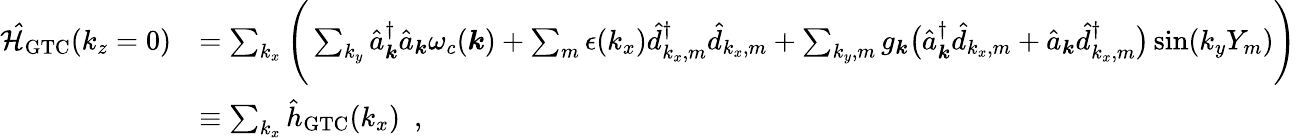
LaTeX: \begin{array}{rl}{\mathcal{\hat{H}}_{\mathrm{GTC}}(k_{z}=0)}&{=\sum_{k_{x}}\Bigg(\sum_{k_{y}}\hat{a}_{\boldsymbol k}^{\dagger}\hat{a}_{\boldsymbol k}\omega_{c}({\boldsymbol k})+\sum_{m}\epsilon(k_{x})\hat{d}_{k_{x},m}^{\dagger}\hat{d}_{k_{x},m}+\sum_{{k_{y}},m}g_{\boldsymbol k}\big(\hat{a}_{{\boldsymbol k}}^{\dagger}\hat{d}_{k_{x},m}+\hat{a}_{{\boldsymbol k}}\hat{d}_{k_{x},m}^{\dagger}\big)\sin({k_{y}}Y_{m})\Bigg)}\\ &{\equiv\sum_{k_{x}}\hat{h}_{\mathrm{GTC}}(k_{x})~~,}\end{array}